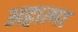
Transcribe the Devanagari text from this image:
अहात्मा